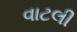
વાટલી